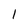
Character: l